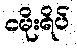
ငမိုးရိပ်